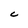
Character: c